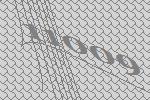
11009